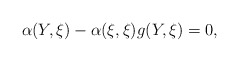
\begin{align*}\alpha(Y,\xi)-\alpha(\xi,\xi)g(Y,\xi)=0,\end{align*}